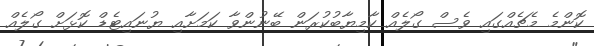
ކޮންމެ މެޗެއްގައި ވެސް ގޯލެއް ކާމިޔާބުކުރަން ބޭނުންވާ ކަމަށާއި ޔުނައިޓެޑް ކޮޅަށް ގޯލެއް